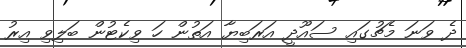
ދެ ވަނަ މެޗުގައި ސައޫދީ އަރަބިޔާ އަތުން ހަ ވިކެޓުން ބަލިވި އިރު